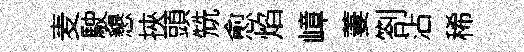
麦駛懇挾頭兟愈焰嶂萋劄沾稀